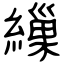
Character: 繅